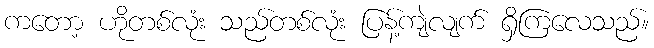
ကတော့ ဟိုတစ်လုံး သည်တစ်လုံး ပြန့်ကျဲလျက် ရှိကြလေသည်။